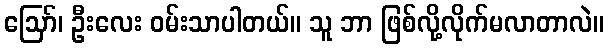
ဪ၊ ဦးလေး ဝမ်းသာပါတယ်။ သူ ဘာ ဖြစ်လို့လိုက်မလာတာလဲ။